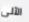
الآلى